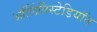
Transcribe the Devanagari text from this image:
ऑलिंपिस्टेडियॉन